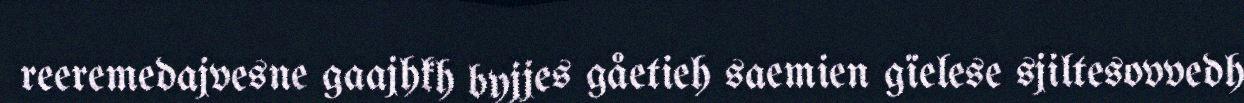
reeremedajvesne gaajhkh byjjes gåetieh saemien gïelese sjiltesovvedh